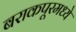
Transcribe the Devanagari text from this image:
बराकपूरमध्ये